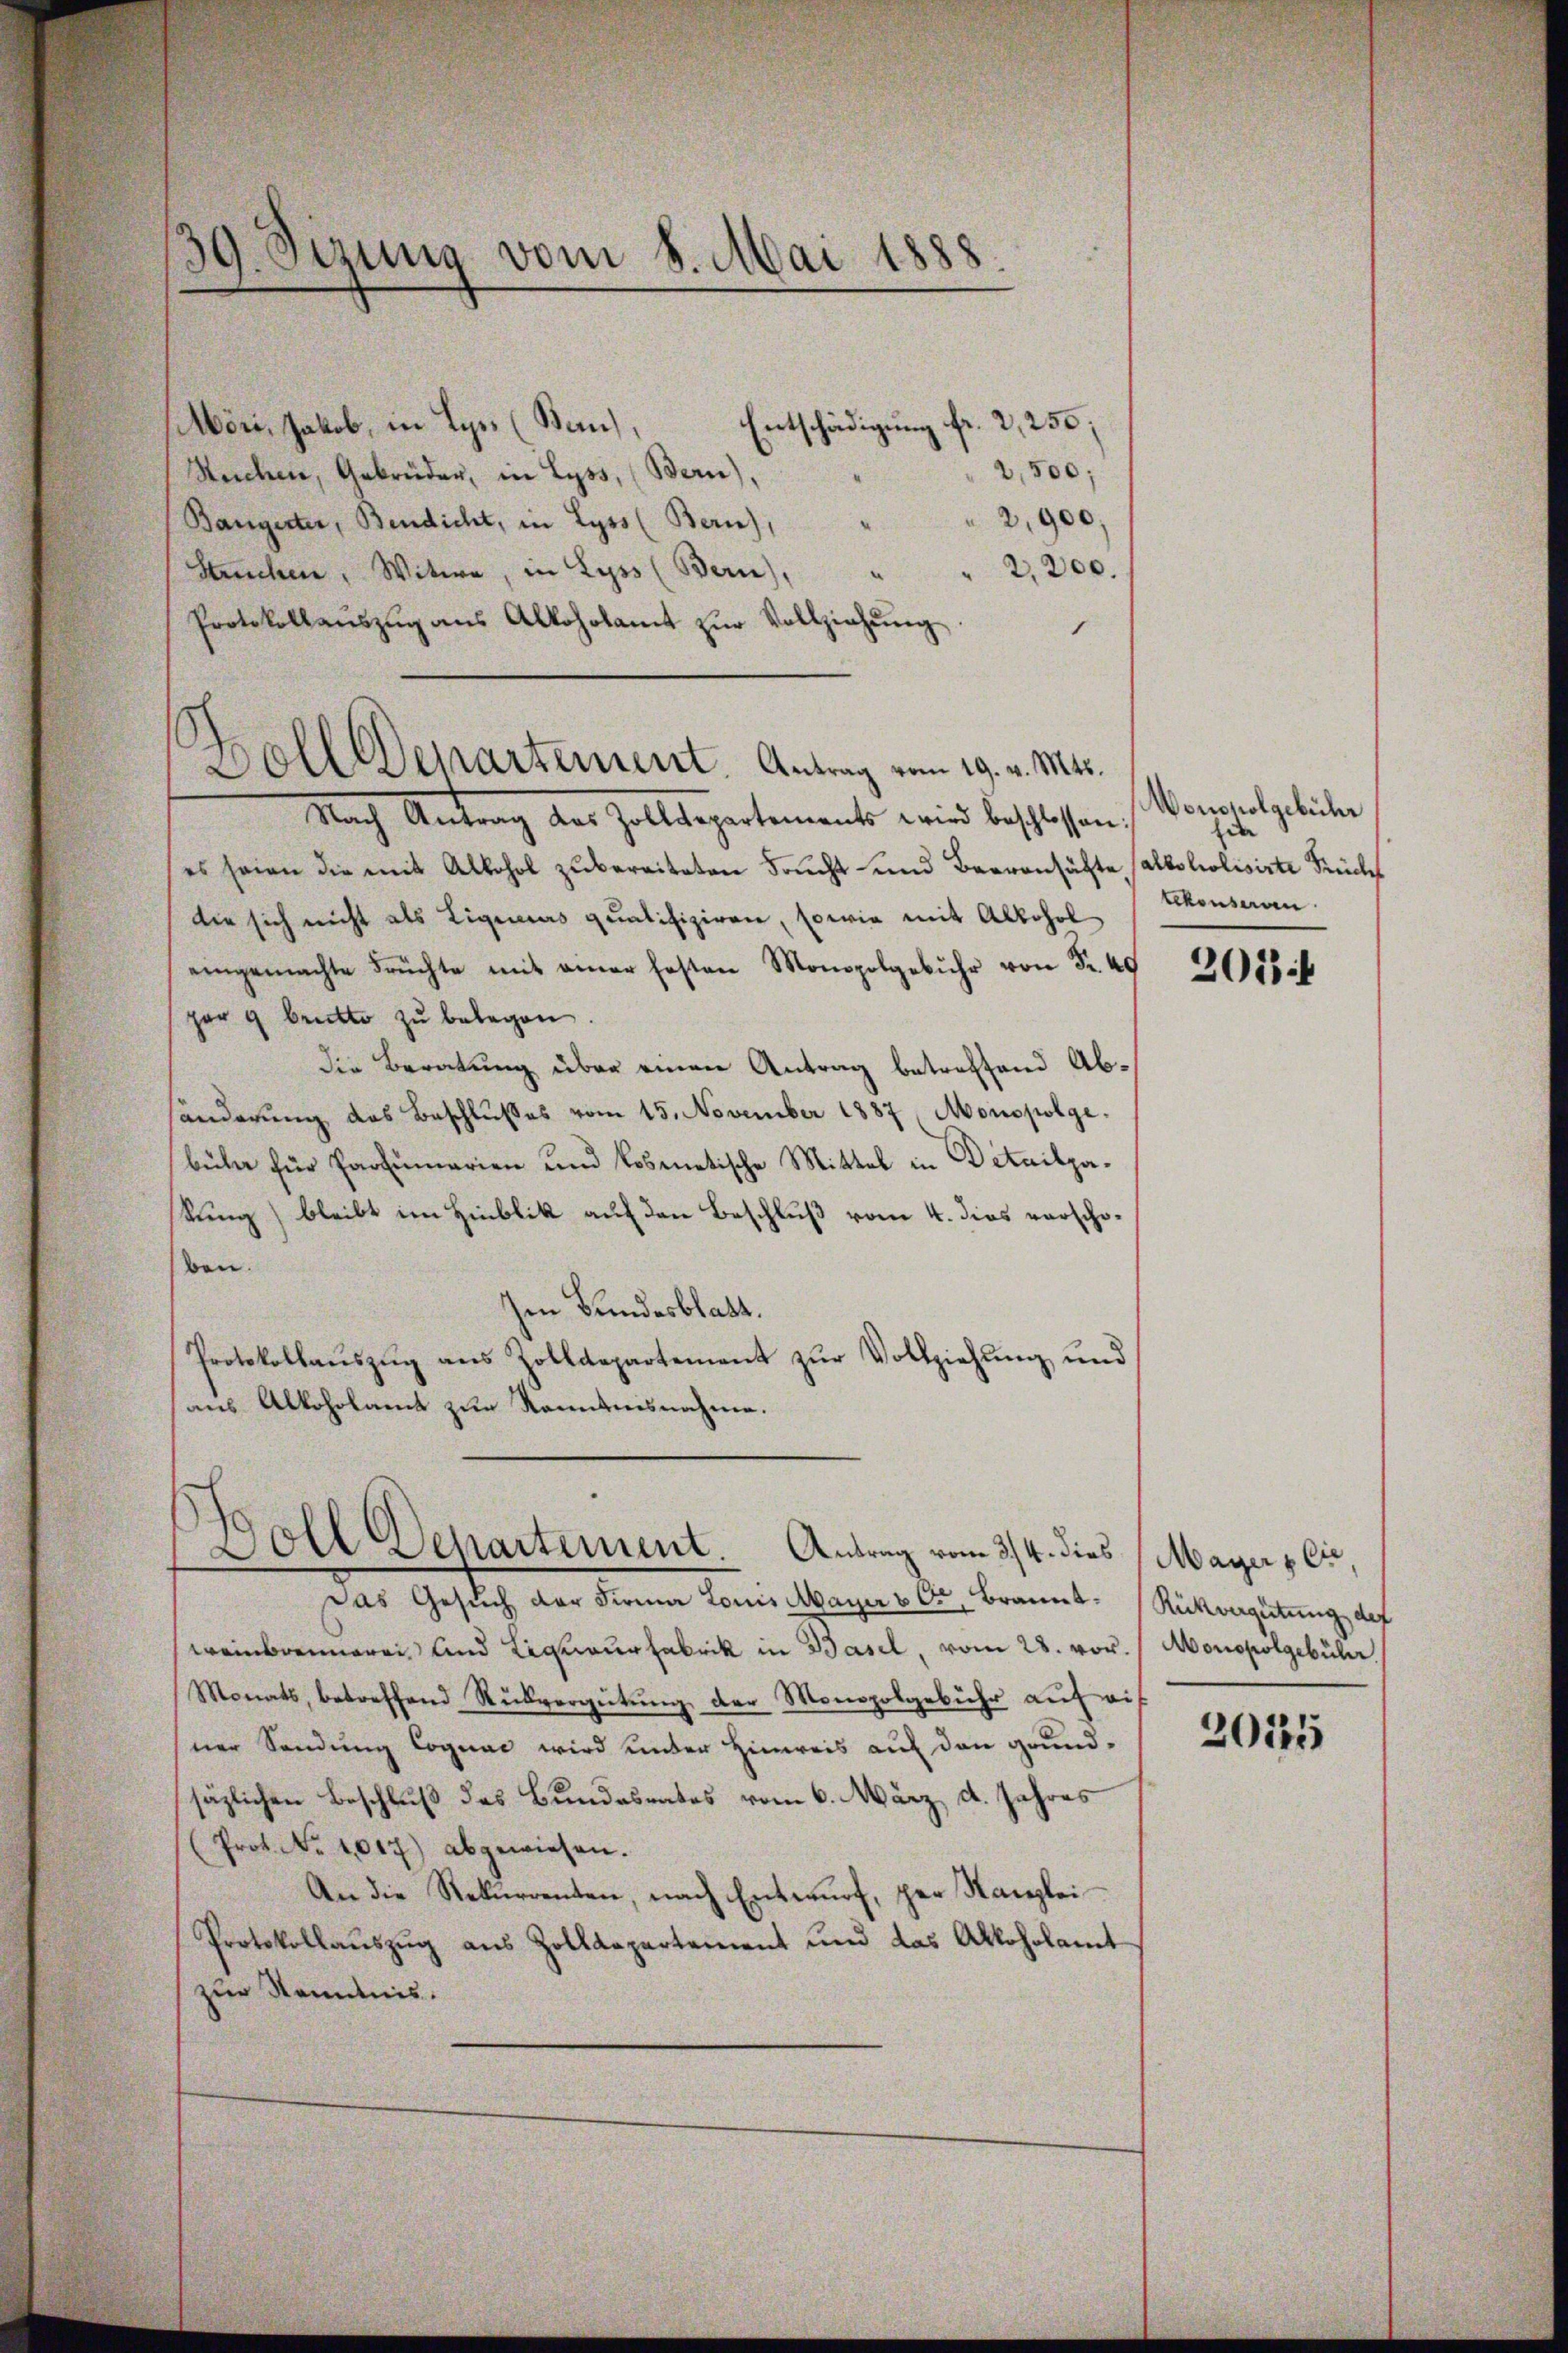
39. Sizung vom 8. Mai 1888

Entschädigung fr. 2,250;
Möri, Jakob, in Lyr. (Bau,
2,500;
Reichen, Gebrüder, in Lyss, (Bern),
2,900;
Bangerter, Bendicht, in Lyss (Bern),
2,200.
Struchen, Witwe, in Lyss (Bern),
e
Protokollaŭszŭg aŭs Alkoholamt zŭr Vollziehŭng
.
Nach Antrag des Zolldepartements wird beschlossen,
es seien die mit Alkohol zŭbereiteten Frucht und Baarensätte (alboltolisirte Stück
die sich nicht als Eigenias qualifiziren, sowie mit Alkohol
eingemachte Früchte mit einer festen Monopolgebühr von Fr. 40
gar g britto zu belegen.
Die Beratung über einen Antrag betreffend Abänderung das Beschlußes vom 15. November 1887, Monopolge.
bula für Parlumarien und kosmetische Mittel in Detailpakung) bleibt im Hinblik auf den Beschluß vom 4. dies verschoben.
hen Bundesblatt.
Protokollaŭszŭg ans Zolldepartement zŭr Vollziehung und
aus Alkoholamt zur Kenntnisnahme.

Doll Departement. Antrag vom 19. v. Mts.

Boll Departement. Antrag vom 3/4. dies Mayer & Cie,

Wonoholgebühr
da
tekonseren

Das Gesuch der Firma Louis Mayer vor Brannt Rückvergütung der
weinbrennerei, und Legueurfabrik in Basel, vom 28. vor.
Monats, betreffend Rückvergütŭng der Monopolgebühr auf ei
sner Sendung Cognac wird unter Hinreis auf den grund-
säzlichen Beschluß des Bundesrates vom 6. März d. Jahres
(Prot. No 1017) abgewiesen.
An die Rekurrenten, nach Entwurf, per Kanzlei
Protokollaŭszŭg aus Zolldepartement und das Akloholamt
zur Kenntnis.

203 f

Monopolgebühr.

2035